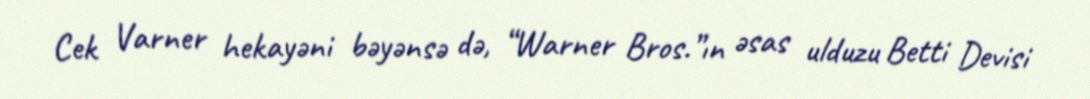
Cek Varner hekayəni bəyənsə də, “Warner Bros.”ın əsas ulduzu Betti Devisi